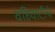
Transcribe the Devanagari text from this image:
वहिवाटीचे